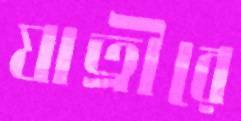
যাত্রীরে